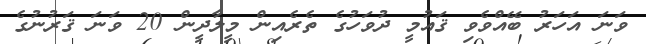
ވަނަ އަހަރު ބޭއްވެވި ޤައުމީ ދުވަހުގެ ތެރެއިން މީލާދީން 20 ވަނަ ޤަރުނުގެ